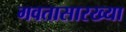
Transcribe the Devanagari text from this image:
गवतासारख्या